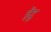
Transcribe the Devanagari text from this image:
हेंदू